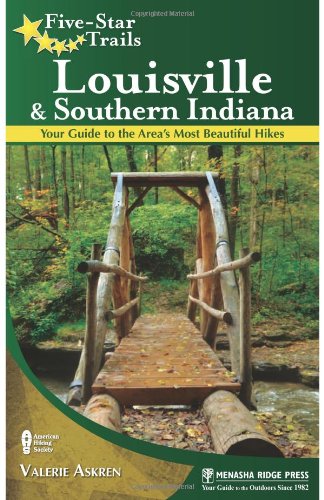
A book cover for Five-Star Trails: Louisville and Southern Indiana: Your Guide to the Area's Most Beautiful Hikes; Valerie Askren; Travel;